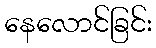
နေလောင်ခြင်း